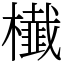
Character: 㰇